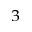
_ 3